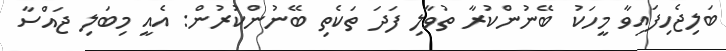
ބަލިޖެހިފައިވާ މީހަކު ބޭނުންކުރާ ތުވާލި ފަދަ ތަކެތި ބޭނުންކުރުން: އެއީ މިބަލި ޖައްސާ